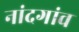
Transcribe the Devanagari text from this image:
नांदगांव